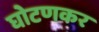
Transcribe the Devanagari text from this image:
घोटणकर